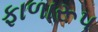
ફાળારૂપ